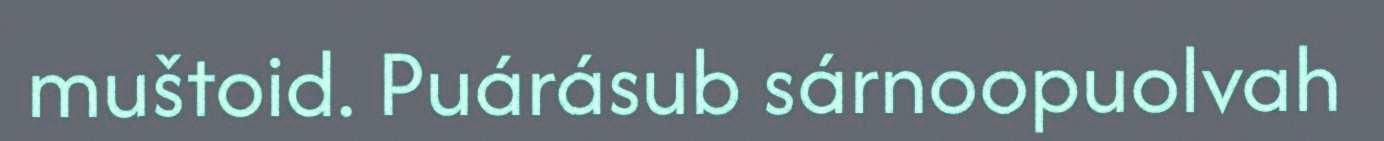
muštoid. Puárásub sárnoopuolvah